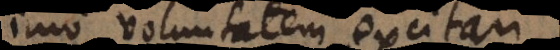
imo voluntatem excitari